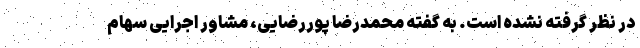
در نظر گرفته نشده است. به گفته محمدرضا پوررضایی، مشاور اجرایی سهام